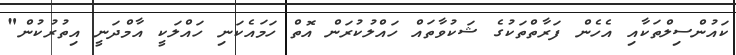
ކައުންސިލްތަކާއި އެހެން ފަރާތްތަކުގެ ޝަކުވާތައް ހައްލުކުރަން އޮތް ހަމައެކަނި ހައްލަކީ އާމްދަނީ އިތުރުކުން"